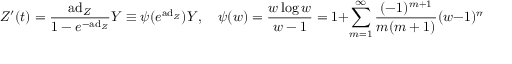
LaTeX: Z ^ { \prime } ( t ) = { \frac { \mathrm { a d } _ { Z } } { 1 - e ^ { - \mathrm { a d } _ { Z } } } } Y \equiv \psi ( e ^ { \mathrm { a d } _ { Z } } ) Y , \quad \psi ( w ) = { \frac { w \log w } { w - 1 } } = 1 + \sum _ { m = 1 } ^ { \infty } { \frac { ( - 1 ) ^ { m + 1 } } { m ( m + 1 ) } } ( w - 1 ) ^ { m } , | | w | | < 1 .